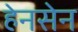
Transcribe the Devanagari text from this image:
हेनसेन